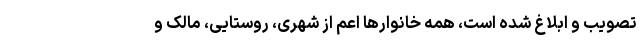
تصویب و ابلاغ شده است، همه خانوارها اعم از شهری، روستایی، مالک و